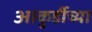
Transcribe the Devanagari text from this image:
आकुर्डीच्या